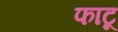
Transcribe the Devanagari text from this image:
फाटू